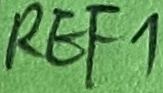
Text: REF1